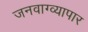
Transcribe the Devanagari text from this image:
जनवाग्व्यापार